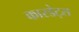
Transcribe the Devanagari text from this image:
कारडेट्स